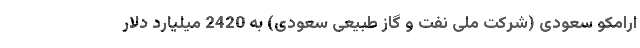
ارامکو سعودی (شرکت ملی نفت و گاز طبیعی سعودی) به 2420 میلیارد دلار